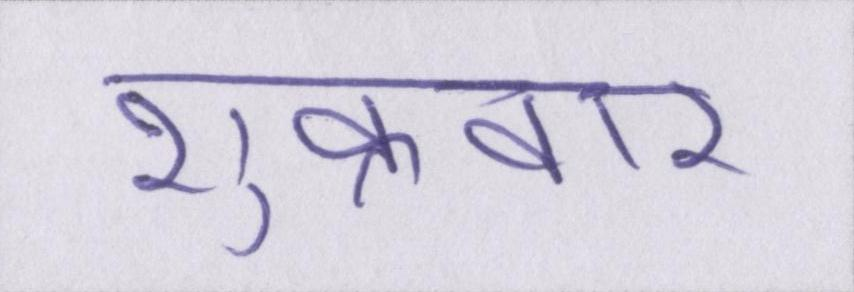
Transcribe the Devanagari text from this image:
शुक्रवार